Report of the Indian Hemp Drugs Commission, 1894-1895 - Volume V
Year: 1894
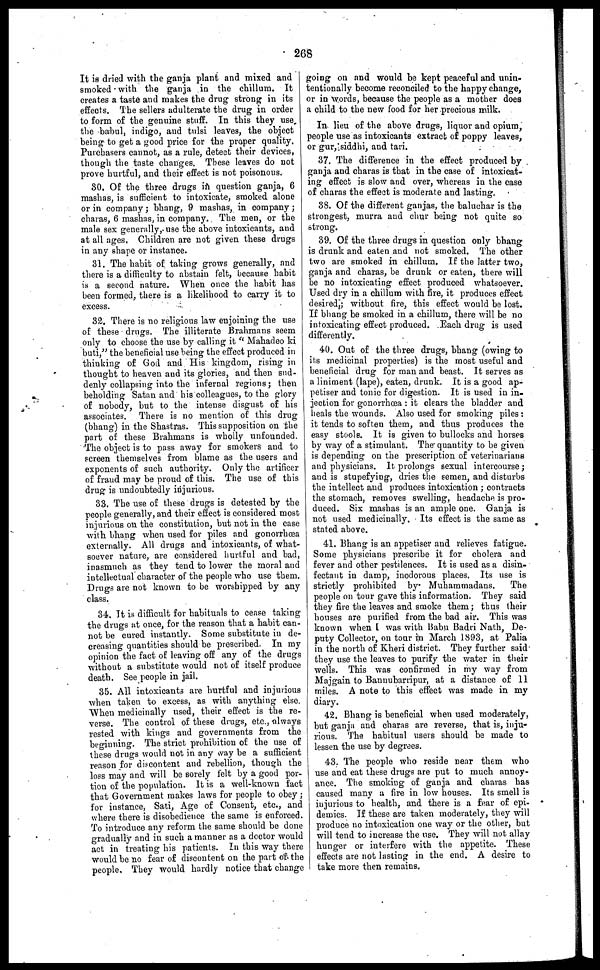
268
It is dried with the ganja plant and mixed and
smoked with the ganja in the chillum. It
creates a taste and makes the drug strong in its
effects. The sellers adulterate the drug in order
to form of the genuine stuff. In this they use
the babul, indigo, and tulsi leaves, the object
being to get a good price for the proper quality.
Purchasers cannot, as a rule, detect their devices,
though the taste changes. These leaves do not
prove hurtful, and their effect is not poisonous.
30. Of the three drugs in question ganja, 6
mashas, is sufficient to intoxicate, smoked alone
or in company ; bhang, 9 mashas, in company ;
charas, 6 mashas, in company. The men, or the
male sex generally, use the above intoxicants, and
at all ages, Children are not given these drugs
in any shape or instance.
31. The habit of taking grows generally, and
there is a difficulty to abstain felt, because habit
is a second nature. When once the habit has
been formed, there is a likelihood to carry it to
excess.
32. There is no religious law enjoining the use
of these drugs. The illiterate Brahmans seem
only to choose the use by calling it "Mahadeo ki
buti," the beneficial use being the effect produced in
thinking of God and His kingdom, rising in
thought to heaven and its glories, and then sud-
denly collapsing into the infernal regions ; then
beholding Satan and his colleagues, to the glory
of nobody, but to the intense disgust of his
associates. There is no mention of this drug
(bhang) in the Shastras. This supposition on the
part of these Brahmans is wholly unfounded.
The object is to pass away for smokers and to
screen themselves from blame as the users and
exponents of such authority. Only the artificer
of fraud may be proud of this. The use of this
drug is undoubtedly injurious.
33. The use of these drugs is detested by the
people generally, and their effect is considered most
injurious on the constitution, but not in the case
with bhang when used for piles and gonorrhæa
externally. All drugs and intoxicants, of what-
soever nature, are considered hurtful and bad,
inasmuch as they tend to lower the moral and
intellectual character of the people who use them.
Drugs are not known to be worshipped by any
class.
34, It is difficult for habituals to cease taking
the drugs at once, for the reason that a habit can-
not be cured instantly. Some substitute in de-
creasing quantities should be prescribed. In my
opinion the fact of leaving off any of the drugs
without a substitute would not of itself produce
death. See people in jail.
35. All intoxicants are hurtful and injurious
when taken to excess, as with anything else.
When medicinally used, their effect is the re-
verse. The control of these drugs, etc., always
rested with kings and governments from the
beginning. The strict prohibition of the use of
these drugs would not in any way be a sufficient
reason for discontent and rebellion, though the
loss may and will be sorely felt by a good por-
tion of the population. It is a well-known fact
that Government makes laws for people to obey
for instance, Sati, Age of Consent, etc., and
where there is disobedience the same is enforced.
To introduce any reform the same should be done
gradually and in such a manner as a doctor would
act in treating his patients. In this way there
would be no fear of discontent on the part of the
people. They would hardly notice that change
going on and would be kept peaceful and unin-
tentionally become reconciled to the happy change,
or in words, because the people as a mother does
a child to the new food for her precious milk.
In lieu of the above drugs, liquor and opium,
people use as intoxicants extract of poppy leaves,
or gur, siddhi, and tari.
37. The difference in the effect produced by
ganja and charas is that in the case of intoxicat-
ing effect is slow and over, whereas in the case
of charas the effect is moderate and lasting.
38. Of the different ganjas, the baluchar is the
strongest, murra and chur being not quite so
strong.
39. Of the three drugs in question only bhang
is drank and eaten and not smoked. The other
two are smoked in chillum. If the latter two,
ganja and charas, be drunk or eaten, there will
be no intoxicating effect produced whatsoever.
Used dry in a chillum with fire, it produces effect
desired ; without fire, this effect would be lost.
If bhang be smoked in a chillum, there will be no
intoxicating effect produced. Each drug is used
differently.
40. Out of the three drugs, bhang (owing to
its medicinal properties) is the most useful and
beneficial drug for man and beast. It serves as
a liniment (lape), eaten, drunk. It is a good ap-
petiser and tonic for digestion. It is used in in-
jection for gonorrhœa : it clears the bladder and
heals the wounds. Also used for smoking piles :
it tends to soften them, and thus produces the
easy stools. It is given to bullocks and horses
by way of a stimulant. The quantity to be given
is depending on the prescription of veterinarians
and physicians. It prolongs sexual intercourse ;
and is stupefying, dries the semen, and disturbs
the intellect and produces intoxication ; contracts
the stomach, removes swelling, headache is pro-
duced. Six mashas is an ample one. Ganja is
not used medicinally. Its effect is the same as
stated above.
41. Bhang is an appetiser and relieves fatigue.
Some physicians prescribe it for cholera and
fever and other pestilences. It is used as a disin-
fectant in damp, inodorous places. Its use is
strictly prohibited by Muhammadans.
The
people on tour gave this information. They said
they fire the leaves and smoke them; thus their
houses are purified from the bad air. This was
known when I was with Babu Badri Nath, De-
puty Collector, on tour in March 1893, at Palia
in the north of Kheri district. They further said
they use the leaves to purify the water in their
wells. This was confirmed in my way from
Majgain to Bannubarripur, at a distance of 11
miles. A note to this effect was made in my
diary.
42. Bhang is beneficial when used moderately,
but ganja and charas are reverse, that is, inju-
rious. The habitual users should be made to
lessen the use by degrees.
43. The people who reside near them who
use and eat these drugs are put to much annoy-
ance. The smoking of ganja and charas has
caused many a fire in low houses. Its smell is
injurious to health, and there is a fear of epi-
demics. If these are taken moderately, they will
produce no intoxication one way or the other, but
will tend to increase the use. They will not allay
hunger or interfere with the appetite. These
effects are not lasting in the end. A desire to
take more then remains.